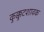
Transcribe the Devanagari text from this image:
कुक्कुटशावक